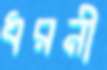
ধরনী